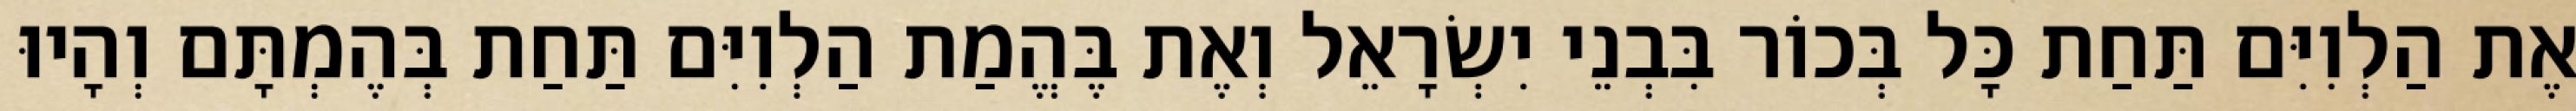
אֶת הַלְוִיִּם תַּחַת כָּל בְּכוֹר בִּבְנֵי יִשְׂרָאֵל וְאֶת בֶּהֱמַת הַלְוִיִּם תַּחַת בְּהֶמְתָּם וְהָיוּ